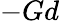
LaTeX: -Gd